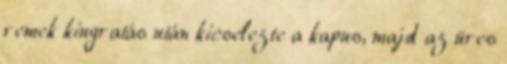
remek kiugratás után kicselezte a kapus, majd az üres